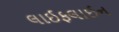
લાઈફલાઈન